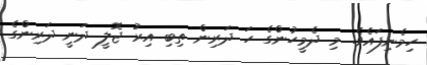
ހިމެނިފައެވެ. މި ދެމީހުންގެ ހަ ދަރިން ތިބި އިރު ޖޮލީ ދަނީ ދަރިންގެ